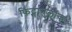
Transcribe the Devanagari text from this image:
फिट्सानुलॉक